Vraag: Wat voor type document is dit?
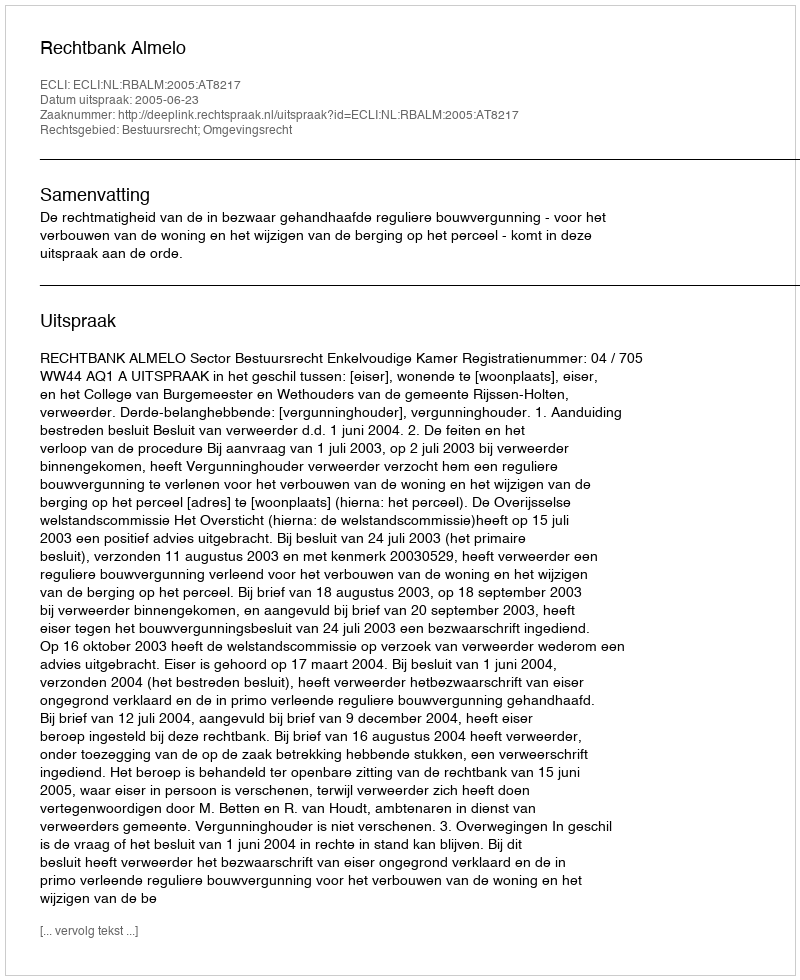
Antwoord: Uitspraak